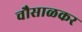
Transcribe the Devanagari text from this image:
चौसाळकर